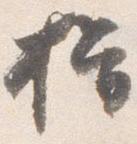
揖